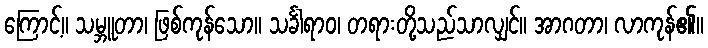
ကြောင့်။ သမ္ဘူတာ၊ ဖြစ်ကုန်သော။ သင်္ခါရာဝ၊ တရားတို့သည်သာလျှင်။ အာဂတာ၊ လာကုန်၏။